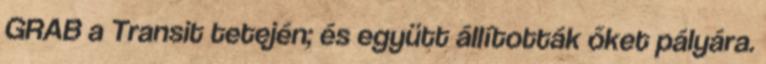
GRAB a Transit tetején; és együtt állították őket pályára.